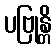
ပဗြုန္တိ